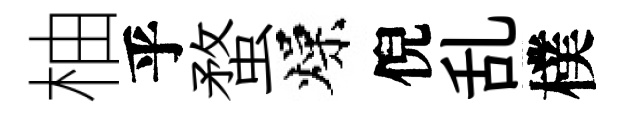
柚乎蝥燥倪乱樸